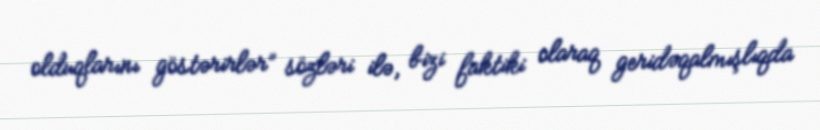
olduqlarını göstərirlər” sözləri ilə, bizi faktiki olaraq geridəqalmışlıqda